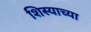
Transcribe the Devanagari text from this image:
शिस्याच्या